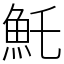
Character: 魠